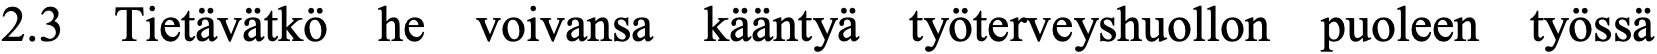
2.3 Tietävätkö he voivansa kääntyä työterveyshuollon puoleen työssä